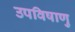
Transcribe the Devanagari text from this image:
उपविषाणु